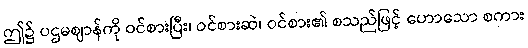
ဤ၌ ပဌမဈာန်ကို ဝင်စားပြီး၊ ဝင်စားဆဲ၊ ဝင်စား၏ စသည်ဖြင့် ဟောသော စကား